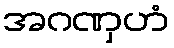
အဂဏှဟံ